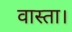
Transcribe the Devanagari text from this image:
वास्ता।